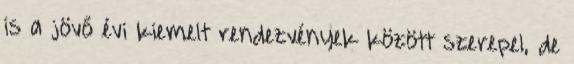
is a jövő évi kiemelt rendezvények között szerepel, de